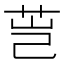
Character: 𰰴